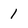
Character: 1